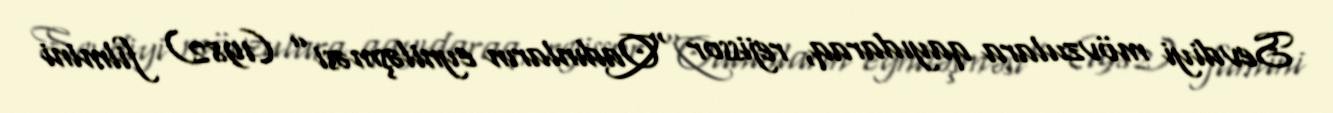
Sevdiyi mövzulara qayıdaraq, rejissor “Qadınların eyniləşməsi” (1982) filmini